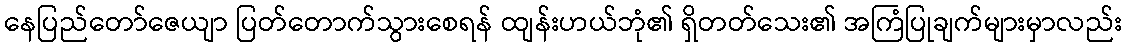
နေပြည်တော်ဇေယျာ ပြတ်တောက်သွားစေရန် ထျန်းဟယ်ဘုံ၏ ရှိတတ်သေး၏ အကြံပြုချက်များမှာလည်း